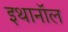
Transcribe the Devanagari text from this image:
इथानॉल